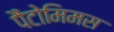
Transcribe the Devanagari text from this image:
पैंटोमिमस